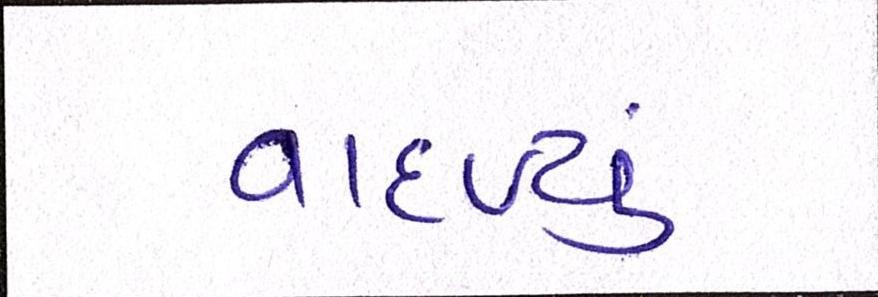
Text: વાદળ્યું